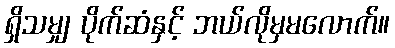
ရှိသမျှ ပိုက်ဆံနှင့် ဘယ်လိုမှမလောက်။